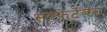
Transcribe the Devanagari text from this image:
सल्फेटेबल